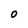
Character: 0